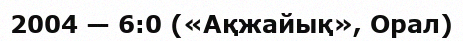
2004 — 6:0 («Ақжайық», Орал)